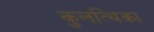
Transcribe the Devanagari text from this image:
कुलत्थिका